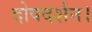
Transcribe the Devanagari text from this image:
दोषदर्शन।